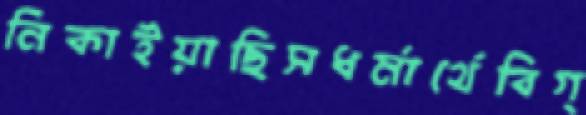
নিকাইয়াছিসধর্মার্থেবিগ্